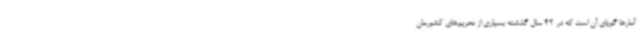
آمارها گویای آن است که در 42 سال گذشته بسیاری از تحریم‌های کشورمان